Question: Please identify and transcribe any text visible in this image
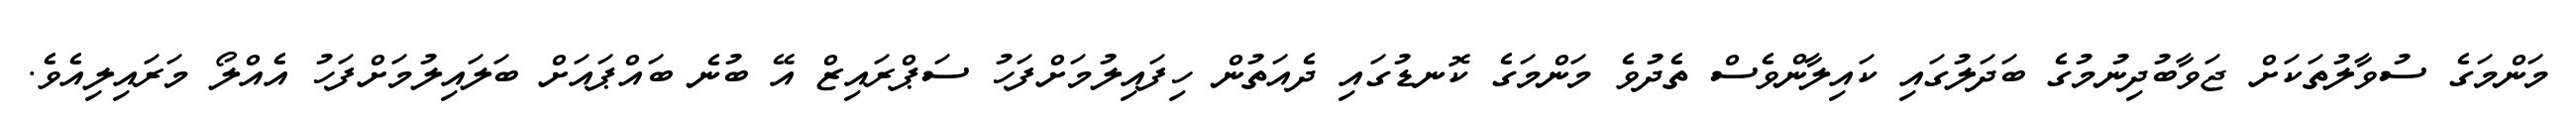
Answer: މަންމަގެ ސުވާލުތަކަށް ޖަވާބުދިނުމުގެ ބަދަލުގައި ކައިލާންވެސް ތެދުވެ މަންމަގެ ކޮނޑުގައި ދެއަތުން ހިފައިލުމަށްފަހު ސަޕްރައިޒް އޭ ބުނެ ބައްޕައަށް ބަލައިލުމަށްފަހު އެއްލޯ މަރައިލިއެވެ.